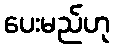
ပေးမည်ဟု